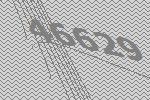
46629